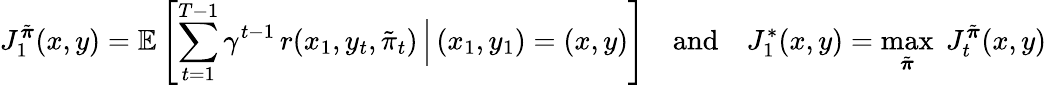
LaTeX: J_{1}^{\tilde{\boldsymbol{\pi}}}(x,y)=\mathbb{E}\left[\sum_{t=1}^{T-1}\gamma^{t-1}\, r(x_{1},y_{t},\tilde{\pi}_{t})\, \Bigr|\, (x_{1},y_{1})=(x,y)\right]\quad\mathrm{and}\quad J_{1}^{*}(x,y)=\operatorname*{max}_{\tilde{\boldsymbol{\pi}}}\; J_{t}^{\tilde{\boldsymbol{\pi}}}(x,y)